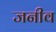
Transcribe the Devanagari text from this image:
जनीव